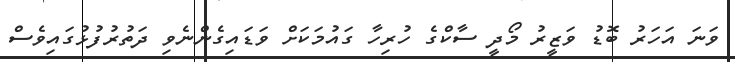
ވަނަ އަހަރު ބޮޑު ވަޒީރު މޯދީ ސާކްގެ ހުރިހާ ގައުމަކަށް ވަޑައިގެންނެވި ދަތުރުފުޅުގައިވެސް